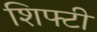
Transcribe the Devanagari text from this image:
शिफ्टी